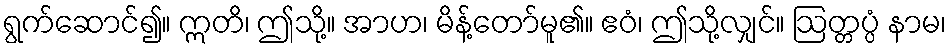
ရွက်ဆောင်၍။ ဣတိ၊ ဤသို့။ အာဟ၊ မိန့်တော်မူ၏။ ဧဝံ၊ ဤသို့လျှင်။ ဩတ္တပ္ပံ နာမ၊